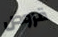
قروض